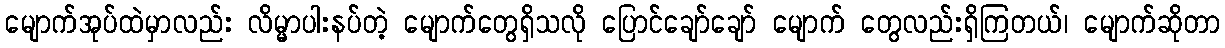
မျောက်အုပ်ထဲမှာလည်း လိမ္မာပါးနပ်တဲ့ မျောက်တွေရှိသလို ပြောင်ချော်ချော် မျောက် တွေလည်းရှိကြတယ်၊ မျောက်ဆိုတာ